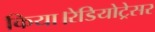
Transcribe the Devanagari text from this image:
किया।रेडियोट्रेसर